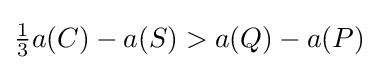
{\textstyle {\frac {1}{3}}a(C)-a(S)>a(Q)-a(P)}